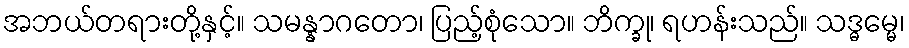
အဘယ်တရားတို့နှင့်။ သမန္နာဂတော၊ ပြည့်စုံသော။ ဘိက္ခု၊ ရဟန်းသည်။ သဒ္ဓမ္မေ၊